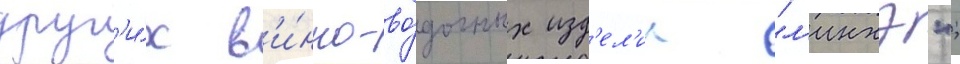
друг'и́х в'и́нно-во́дочных изд'ел'ии "л'инхэ";